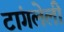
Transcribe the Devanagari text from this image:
टांगलेली